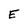
Character: E